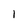
Character: l